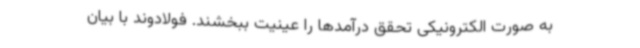
به صورت الکترونیکی تحقق درآمدها را عینیت ببخشند. فولادوند با بیان